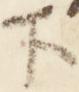
下